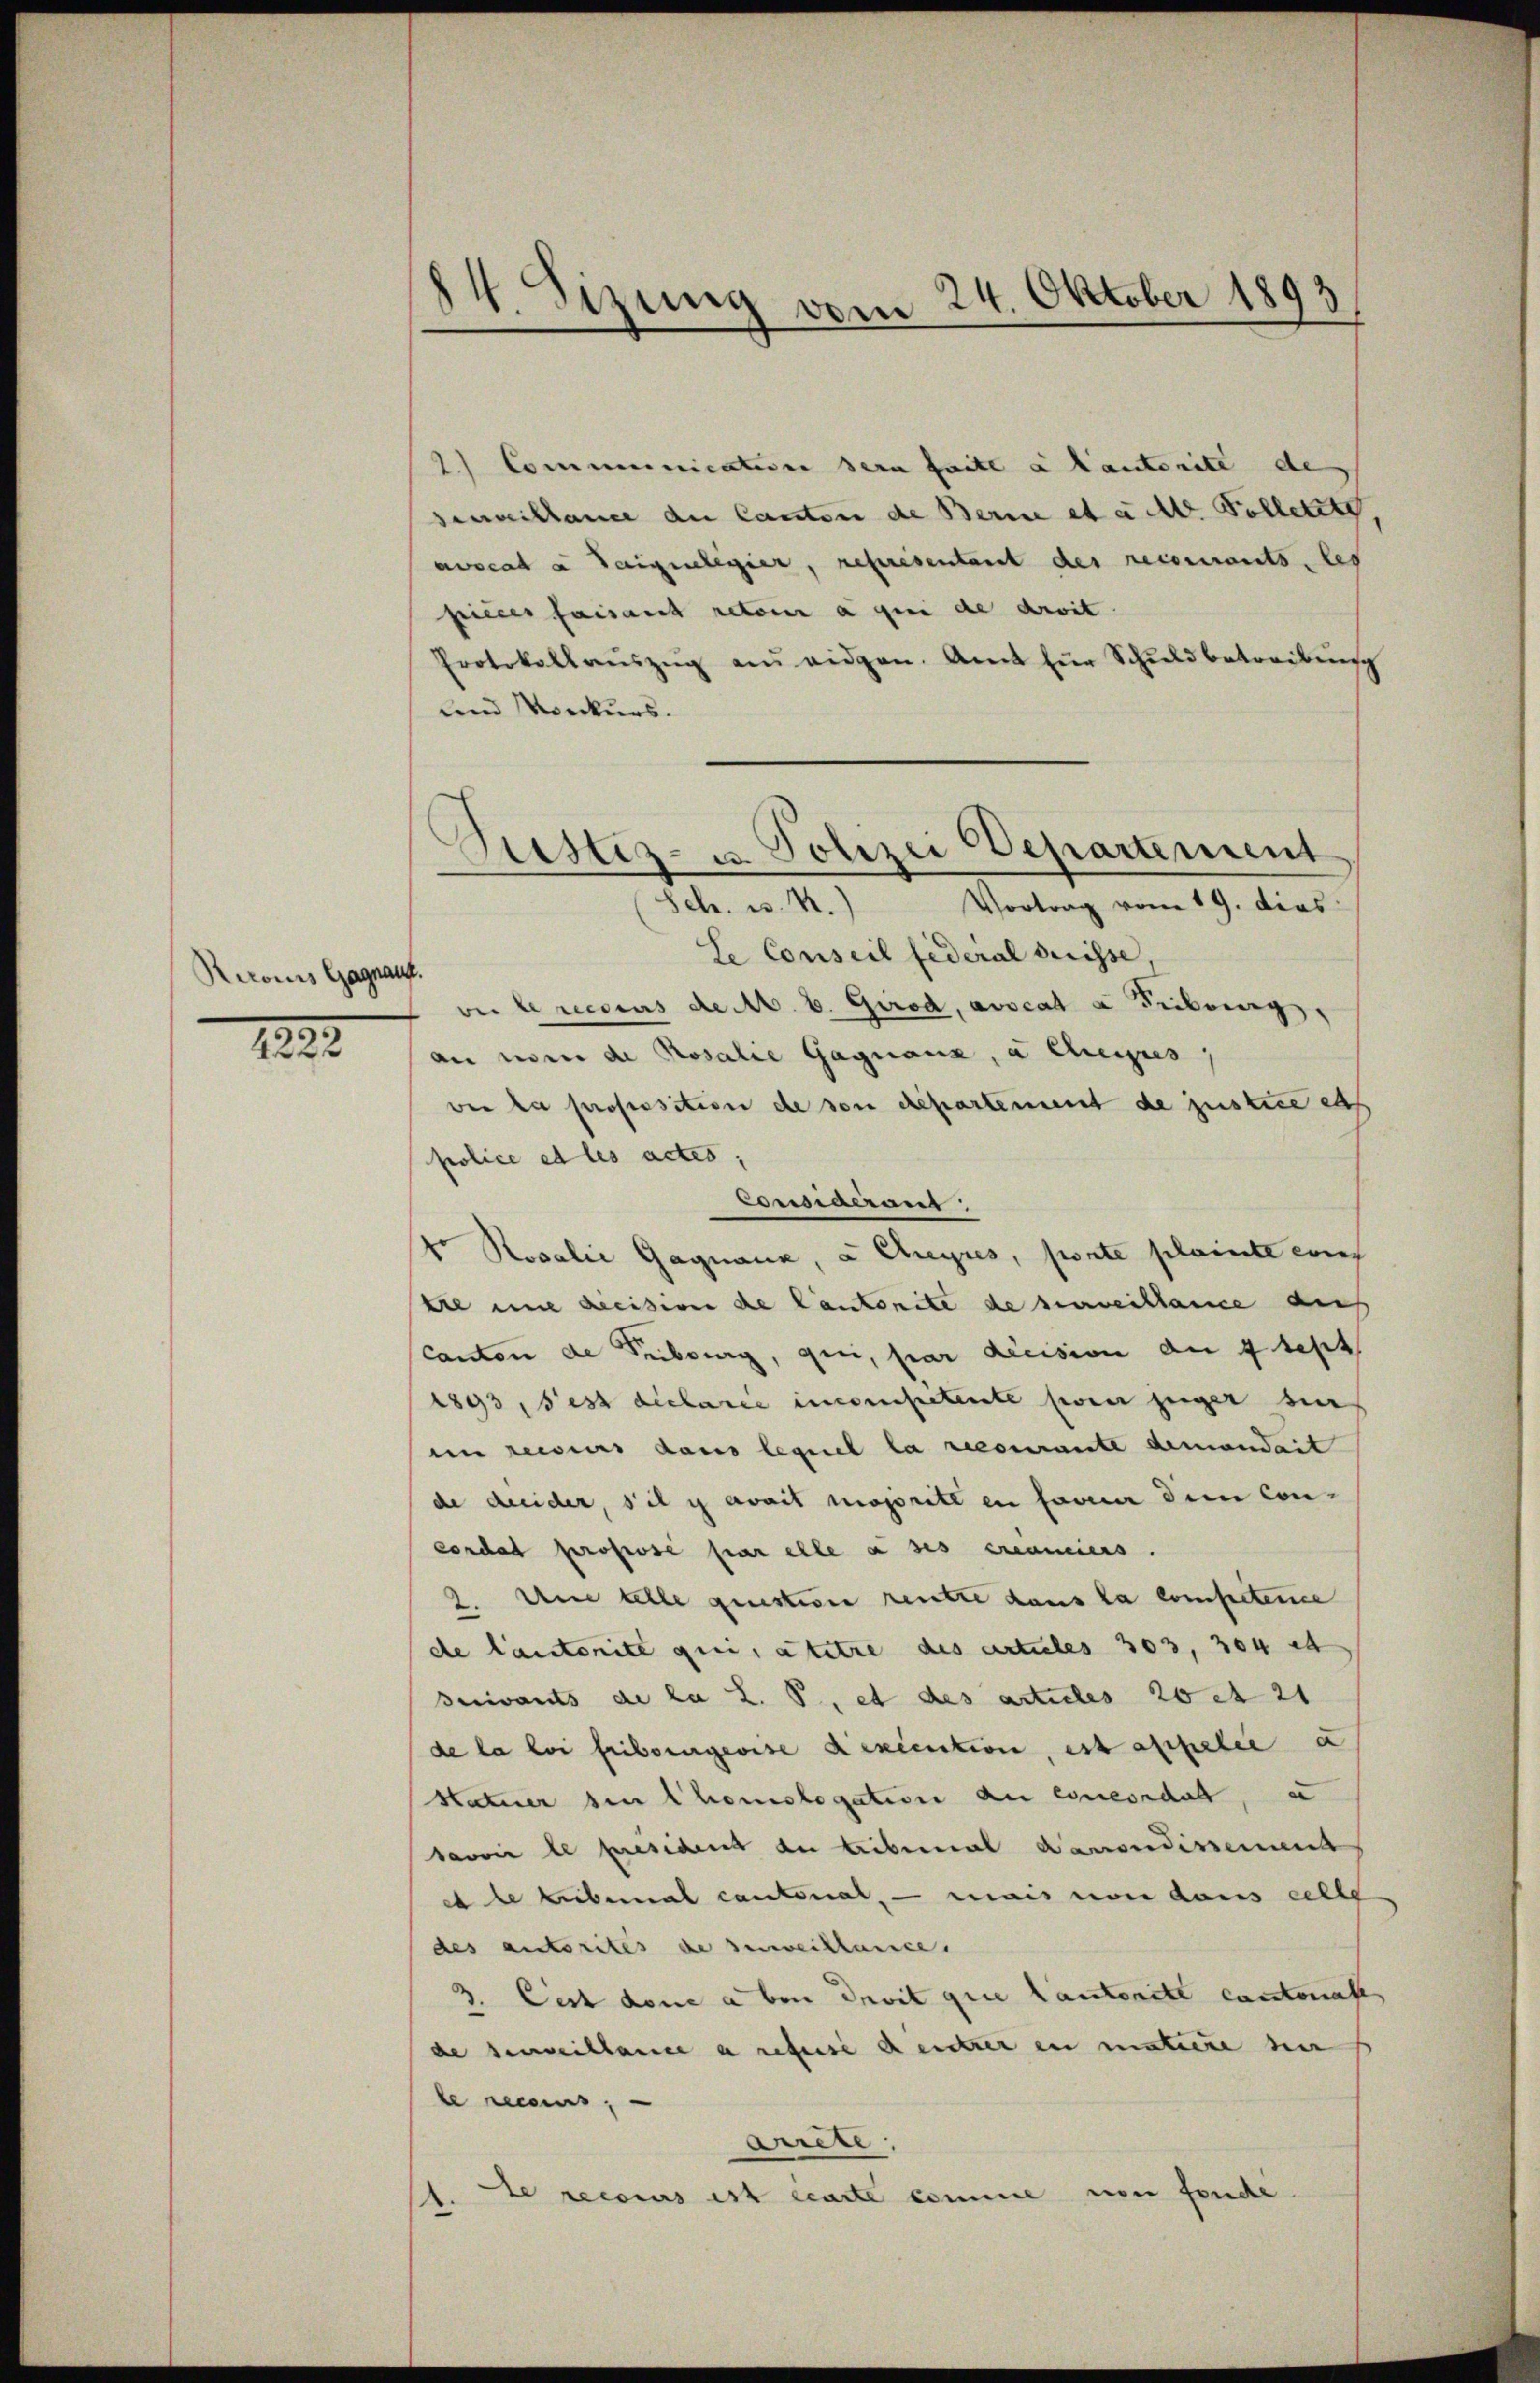
Rerois Gagnau.

1238

14. Sizung vom 24. Oktober 1893

2.) Communicativen der faite a lautorite de
seveillance du Canton de Berne et a M. Volletzte
avocata daigelegier, représentant des recourants, les
seilles faisant reto a gien de droit.
Protokollaŭszŭg an eidgen. Amt für Schŭldbetreibŭng
und Konkurs.
Le Conseil federal dreisse,
ver le reseurs de M. v. Girod, avocat & Freiburg,
an nom de Rosalie Gagnauz, a chius,
wer la proposition de von Repartement de justice es
police et les actes.
Consideranz:
v. Rosalie Gagnaue, u Cryres, porte plainte cons
tre eine decision de Cantonite de surveillance auf
Canton de Tribourg, qui, par decision der 7 Sept
1893, Pest déclarie incompetente sei zeiger die
im reisers dans lequel la recourante demandert
de dreider, s’il y avait majorité en faveur dem Con-
condat proposé par elle à ses examiers.
2. Une telle question reute dans la competene
de lautorité qui, attre des articles 303, 304 et
suivants de la L. P. et des articles 20 rt 21
de la loi fribourgeoise Aexcention, est appelii a
Hatuer sie homologation an encordat, e
savoir le president der tribunal Ramondissement
et le Liebemal cantonal, — mais von dans celle
des autorités de senweillance.
3. Cest done aben Invit que lauteritt cantonale
de serveillance a refuse deuter in matiere her
le reces
Arete.
te recours est carte comme von fonde

Siestes- u. Polizei Departement
Sch. u. 4.) Vortrag vom 19. dies